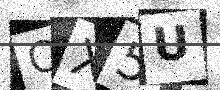
Text: CX5U